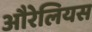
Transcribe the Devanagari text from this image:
औरेलियस